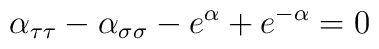
\alpha_{\tau \tau} -\alpha_{\sigma\sigma} -e^{\alpha} + e^{-\alpha} = 0